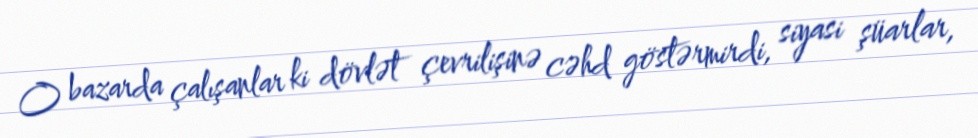
O bazarda çalışanlar ki dövlət çevrilişinə cəhd göstərmirdi, siyasi şüarlar,